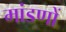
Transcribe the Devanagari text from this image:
मांडणों